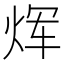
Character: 𪸩